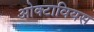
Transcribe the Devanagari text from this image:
ओक्टावियस